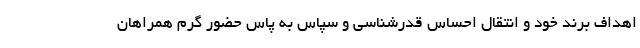
اهداف برند خود و انتقال احساس قدرشناسی و سپاس به پاس حضور گرم همراهان